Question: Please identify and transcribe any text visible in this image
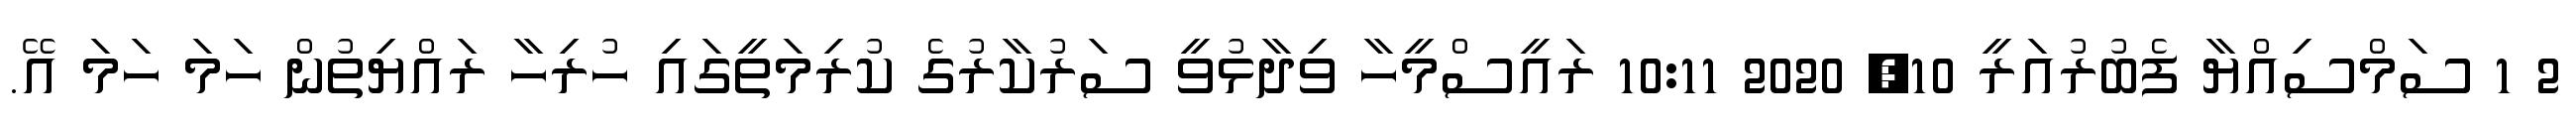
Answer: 2 1 ސަމްސިއްޔާ ފެބުރުއަރީ 10, 2020 10:11 ރައީސްމީހާ ވިދާޅުވީ ސަރުކާރުގެ ކުރިމަތީގައި ހުރިހާ ރައްޔިތުން ހަމަ ހަމަ އޭ.